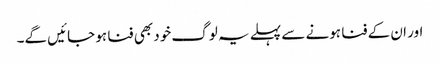
اور ان کے فنا ہونے سے پہلے یہ لوگ خود بھی فنا ہو جائیں گے۔